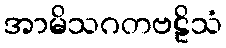
အာမိသဂတဗဠိသံ